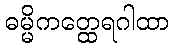
ဓမ္မိကတ္ထေရဂါထာ